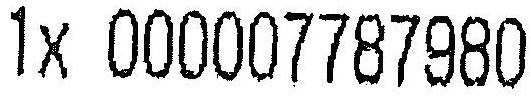
1X 000007787980